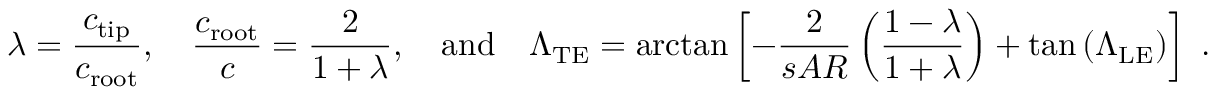
\lambda = \frac { c _ { \mathrm { t i p } } } { c _ { \mathrm { r o o t } } } , \quad \frac { c _ { \mathrm { r o o t } } } { c } = \frac { 2 } { 1 + \lambda } , \quad \mathrm { a n d } \quad \Lambda _ { \mathrm { T E } } = \arctan \left[ - \frac { 2 } { s A R } \left( \frac { 1 - \lambda } { 1 + \lambda } \right) + \tan { ( \Lambda _ { \mathrm { L E } } ) } \right] \mathrm { ~ . }